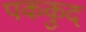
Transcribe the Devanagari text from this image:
पककुद